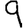
Digit: 9